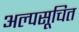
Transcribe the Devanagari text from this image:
अल्पसूचित